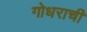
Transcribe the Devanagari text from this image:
गोधराची